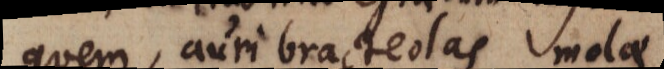
quem, auri bracteolas molae